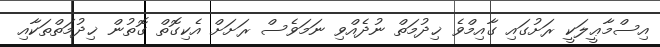
އިސްމާޢީލަކީ ރަށުގައި ގާއިމްވެ ޚިދުމަތް ނުދެއްވި ނަމަވެސް ރަށަށް އެކިގޮތް ގޮތުން ޚިދުމަތްތަކާއި